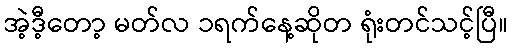
အဲ့ဒီ့တော့ မတ်လ ၁ရက်နေ့ဆိုတ ရုံးတင်သင့်ပြီ။